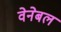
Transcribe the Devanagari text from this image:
वेनेबल